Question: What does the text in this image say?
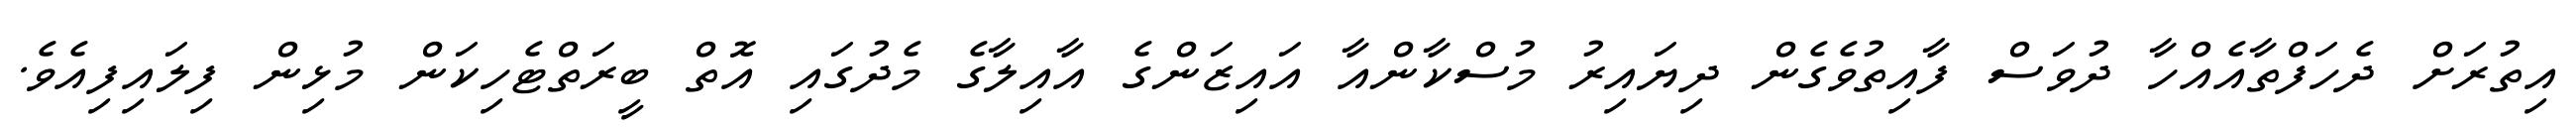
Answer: އިތުރަށް ދެހަފްތާއެއްހާ ދުވަސް ފާއިތުވެގެން ދިޔައިރު މުސްކާންއާ އައިޒަންގެ އާއިލާގެ މެދުގައި އޮތް ބީރަތްޓެހިކަން މުޅިން ފިލައިފިއެވެ.